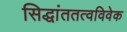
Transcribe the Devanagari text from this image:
सिद्धांततत्वविवेक